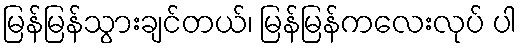
မြန်မြန်သွားချင်တယ်၊ မြန်မြန်ကလေးလုပ် ပါ